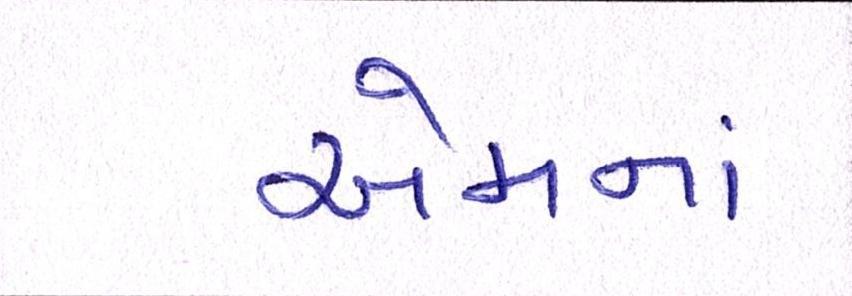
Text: એમનાં